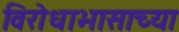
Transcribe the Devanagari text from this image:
विरोधाभासाच्या